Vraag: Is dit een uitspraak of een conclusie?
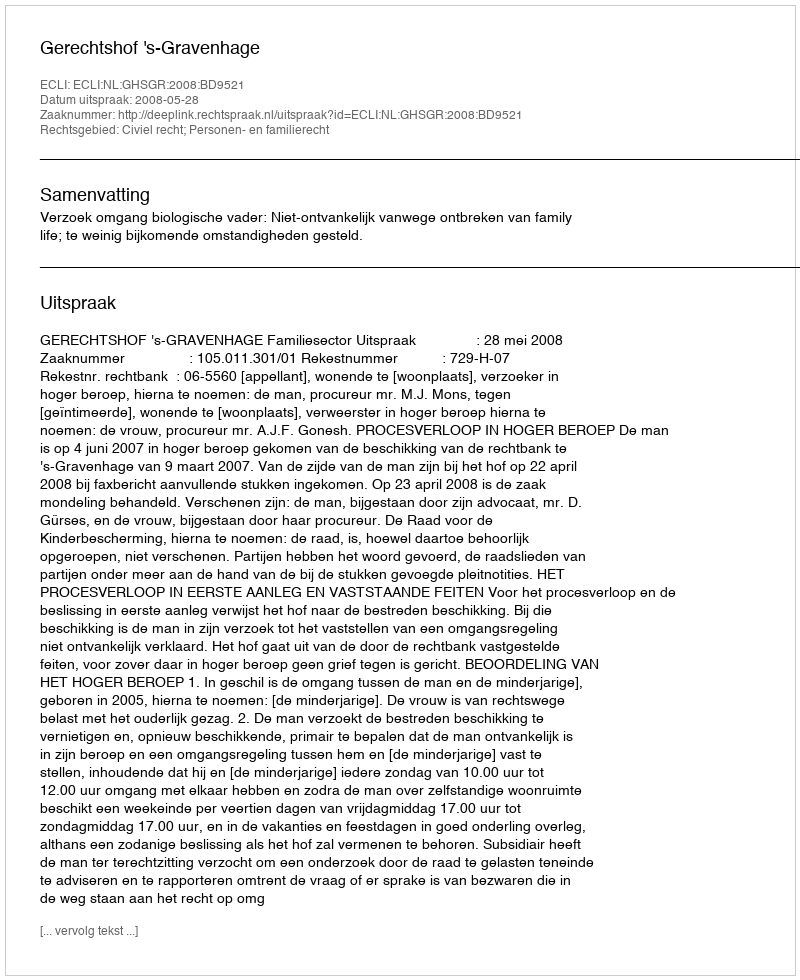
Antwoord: Uitspraak